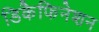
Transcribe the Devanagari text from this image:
डिकैफिनेशन